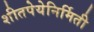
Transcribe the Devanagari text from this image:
शीतपेयेनिर्मिती